Investigations on Bengal jail dietaries - Number 37
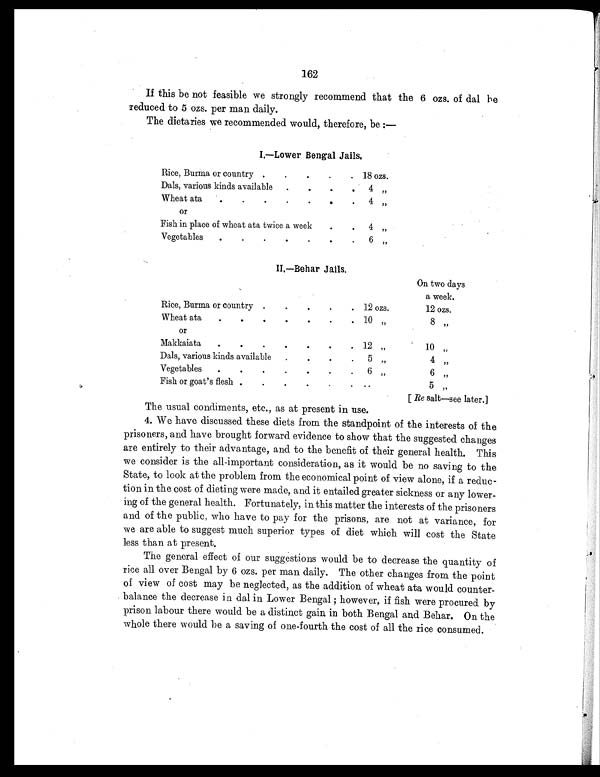
162
If this be not feasible we strongly recommend that the 6 ozs. of dal be
reduced to 5 ozs. per man daily.
The dietaries we recommended would, therefore, be:—
I.—Lower Bengal Jails.
Rice, Burma or country
. .
.
.
. 18 ozs.
Dals, various kinds available .
.
.
. 4 „
Wheat ata .
.
.
.
.
.
. 4 „
or
Fish in place of wheat ata twice a week
.
. 4 „
Vegetables
. .
.
.
.
.
. 6 „
II.—Behar Jails.
On two days
a week.
Rice, Burma or country .
. .
. . 12 ozs.
12 ozs.
Wheat ata
.
.
.
.
.
.
. 10 „
8 „
or
Makkaiata
.
.
.
.
.
.
. 12 „
1 0 „
Dals, various kinds available .
.
.
. 5 „
4 „
Vegetables
.
.
.
.
.
. . 6 „
6 „
Fish or goat's flesh .
. .
.
. . ..
5 „
[ Re salt—see later.]
The usual condiments, etc., as at present in use.
4. We have discussed these diets from the standpoint of the interests of the
prisoners, and have brought forward evidence to show that the suggested changes
are entirely to their advantage, and to the benefit of their general health. This
we consider is the all-important consideration, as it would be no saving to the
State, to look at the problem from the economical point of view alone, if a reduc-
tion in the cost of dieting were made, and it entailed greater sickness or any lower-
ing of the general health. Fortunately, in this matter the interests of the prisoners
and of the public, who have to pay for the prisons, are not at variance, for
we are able to suggest much superior types of diet which will cost the State
less than at present.
The general effect of our suggestions would be to decrease the quantity of
rice all over Bengal by 6 ozs. per man daily. The other changes from the point
of view of cost may be neglected, as the addition of wheat ata would counter-
balance the decrease in dal in Lower Bengal ; however, if fish were procured by
prison labour there would be a distinct gain in both Bengal and Behar. On the
whole there would be a saving of one-fourth the cost of all the rice consumed.